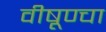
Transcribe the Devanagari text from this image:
वीषूण्चा